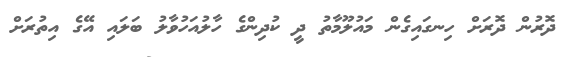
ދޮރުން ދޮރަށް ހިނގައިގެން މައުލޫމާތު ދީ ކުދިންގެ ހާލުއަހުވާލު ބަލައި އޭގެ އިތުރަށް